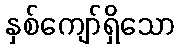
နှစ်ကျော်ရှိသော